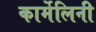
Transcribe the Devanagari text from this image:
कार्मेलिनी